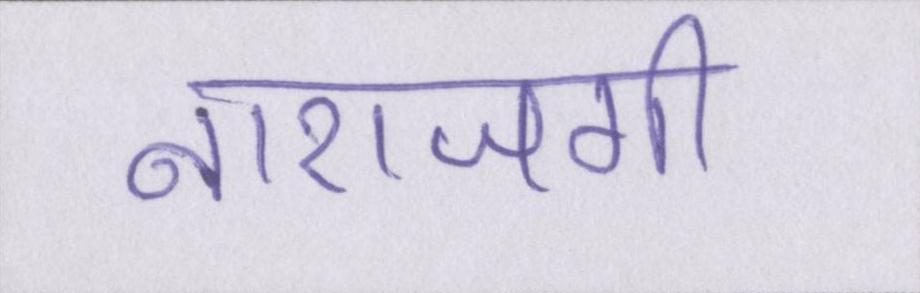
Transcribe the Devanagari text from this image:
नाराजगी